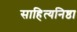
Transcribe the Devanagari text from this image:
साहित्यनिष्ठा